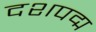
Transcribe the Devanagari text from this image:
दशपद्म